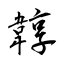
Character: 韕